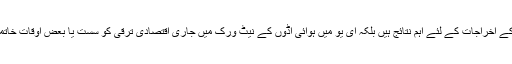
یہ نہ صرف ہوابازی کی کاروائیوں کے اخراجات کے لئے اہم نتائج ہیں بلکہ ای یو میں ہوائی اڈوں کے نیٹ ورک میں جاری اقتصادی ترقی کو سست یا بعض اوقات خاتمے کا بھی سنگین خطرہ رکھتے ہیں۔